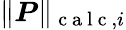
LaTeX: \| \boldsymbol{P}\| _{\mathrm{~c~a~l~c~},i}